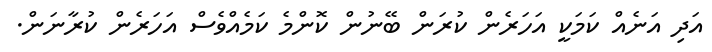
އަދި އަނެއް ކަމަކީ އަހަރެން ކުރަން ބޭނުން ކޮންމެ ކަމެއްވެސް އަހަރެން ކުރާނަން.